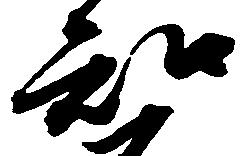
知